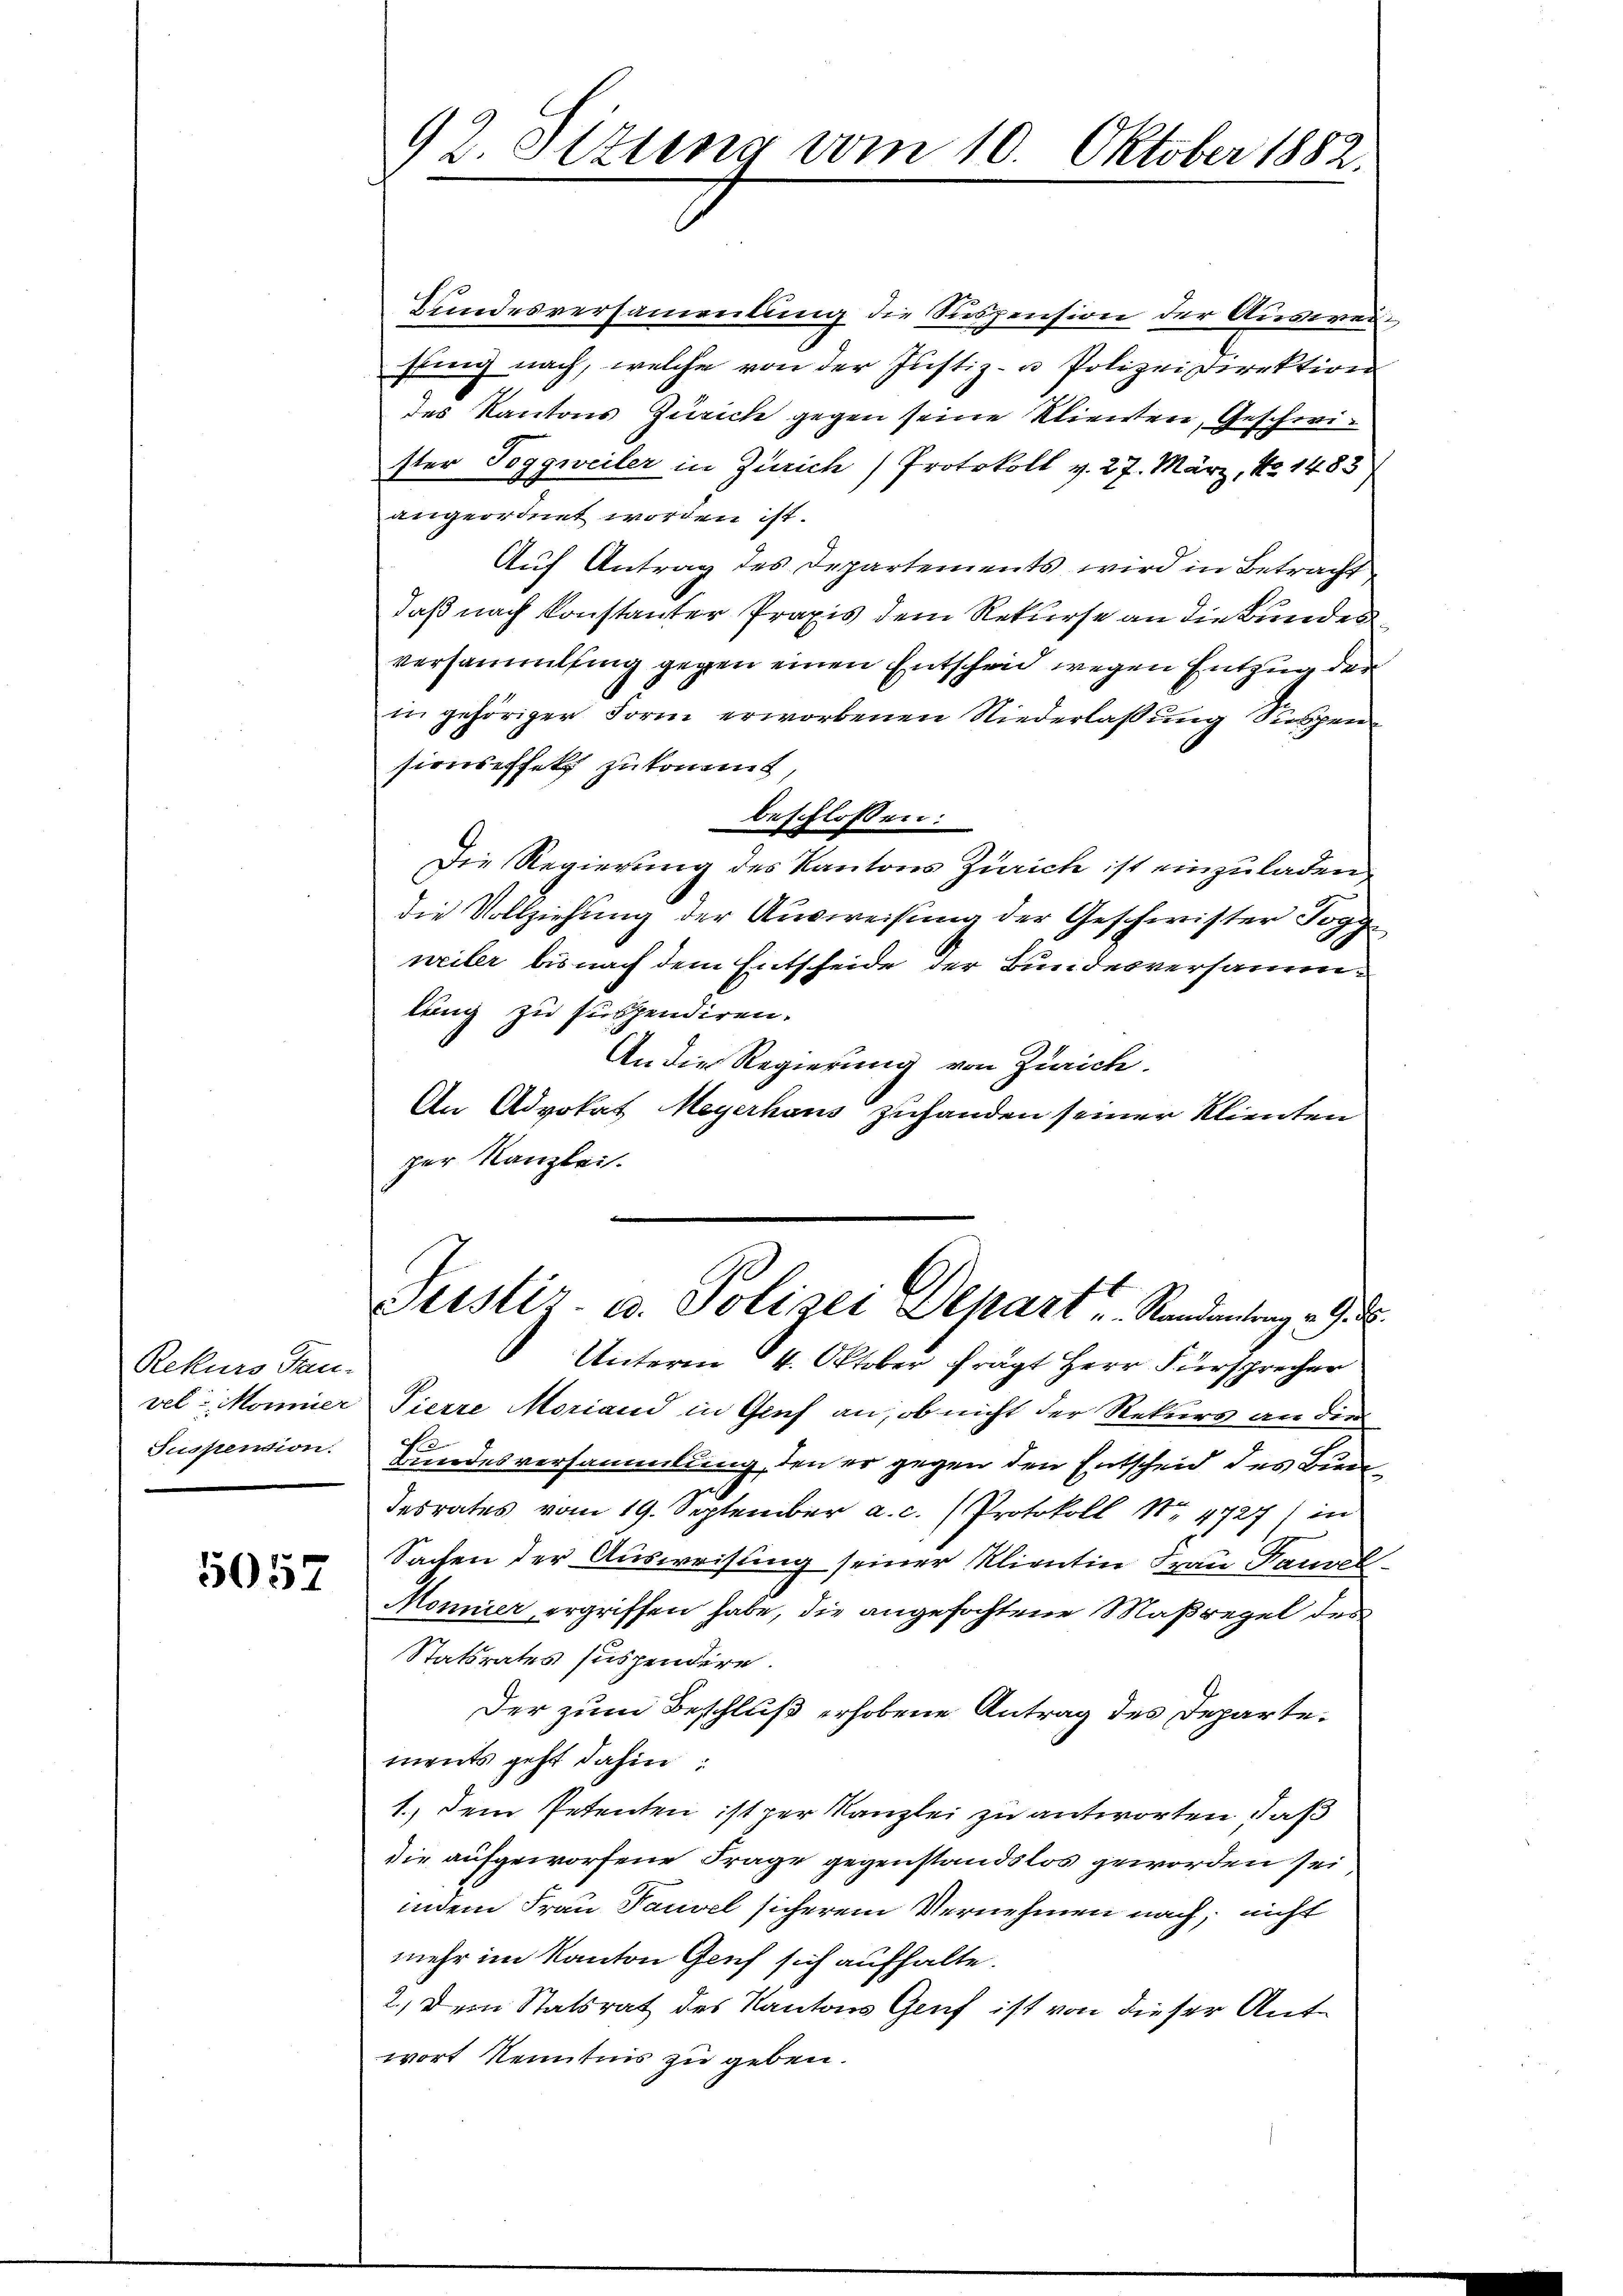
Rekurs Frau-
vel: Mönnier
Suspension.

5057

92 Sizung vom 10. Oktober 1882.

Bundesversammlung die Suspension der Ausweifling nach, welche von der Justiz- u Polizeidirektion
des Kantons Zürich gegen seine Klienten, Geschwister Toggweiler in Zürich Protokoll v. 27. März, No 1483
angeordnet worden ist.
Auf Antrag des Departements wird in Betracht
daß nach konstanter Praxis dem Rekurse an die Bundes
versammlung gegen einen Entscheid wegen Entzug der
in gehöriger Form erworbenen Niederlassung Siespensionsessel zukommt,
beschlossen:
Die Regierung des Kantons Zürich ist einzuladen
die Vollziehung der Ausweisung der Geschwister Jogg-
weiler bis nach dem Entscheide der Bundesversammlung zu suspendiren.
An die Regierung von Zürich.
An Advokat Meyerhaus zuhanden seiner Klienten
zer Kanzlei.
e
Seistiz- u. Polizei Depart u. Randantrag ei
Unterm 4. Oktober frägt Herr Fürsprecher
Pierre Moriand in Gruf an, ob nicht der Rekurs an die
I
Bundesversammlung, den er gegen den Entscheid des Bun¬
Tesrates vom 19. September a.c. (Protokoll No 4727) in
Sachen der Ausweisling seiner Klientin Frau Pausel
Mönnier ergriffen habe, die angefochtene Maßregel des
Statsrates suspendire.
Der zum Beschluß erhobene Antrag des Departements geht dahin:
1.) Dem Petenten ist per Kanzlei zu antworten, daß
die aufgeworfene Frage gegenstandslos geworden sei,
indem Frau Pausel sicherem Vernehmen nach, nicht
mehr im Kanton Genf sich aufhalte.
2.) Dem Statsrat des Kantons Genf ist von dieser Antwort Kenntnis zu geben.